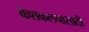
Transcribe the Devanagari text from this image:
केशकलपासाठी